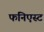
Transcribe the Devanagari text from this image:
फनिएस्ट